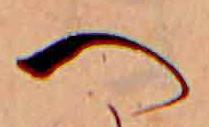
へ